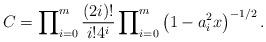
LaTeX: \begin{align*}C=\prod\nolimits_{i=0}^{m}\dfrac{\left( 2i\right) !}{i!4^{i}}\prod\nolimits_{i=0}^{m}\left( 1-a_{i}^{2}x\right) ^{-1/2}.\end{align*}